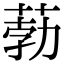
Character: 葧